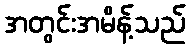
အတွင်းအမိန့်သည်